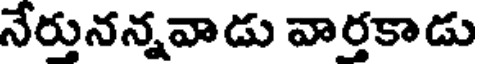
నేర్తునన్నవాడు వార్తకాడు